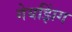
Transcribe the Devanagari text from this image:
गेयझिंग